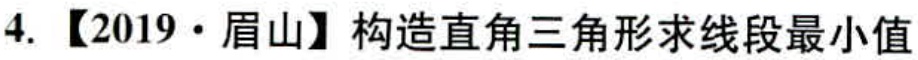
4. 【2019·眉山】构造直角三角形求线段最小值